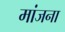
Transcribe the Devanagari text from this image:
मांजना